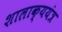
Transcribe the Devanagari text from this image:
शालाक्ययंत्र